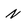
Character: N